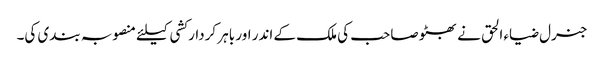
جنرل ضیاء الحق نے بھٹو صاحب کی ملک کے اندر اور باہر کردار کشی کیلئے منصوبہ بندی کی۔